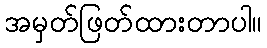
အမှတ်ဖြတ်ထားတာပါ။